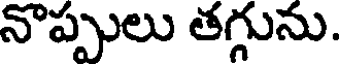
నొప్పులు తగ్గును.